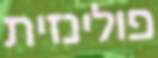
פולינזית